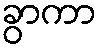
ခွာကာ